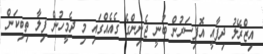
އިޒްރޭލު ދިފާއީ އޮފިސަރުން ބުނީ ޖެނިންގެ ގެއެއްގައި މި ދެމީހުން ފިލާ ތިބިކަން